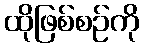
ထိုဖြစ်စဉ်ကို